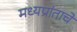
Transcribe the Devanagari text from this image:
मध्यप्रांताचे